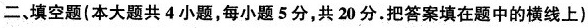
二、填空题(本大题共4小题，每小题5分，共20分.把答案填在题中的横线上)